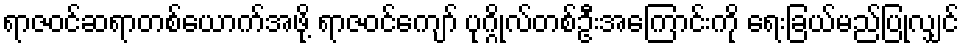
ရာဇဝင်ဆရာတစ်ယောက်အဖို့ ရာဇဝင်ကျော် ပုဂ္ဂိုလ်တစ်ဦးအကြောင်းကို ရေးခြယ်မည်ပြုလျှင်